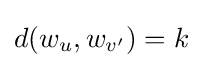
d(w_{u},w_{v'})=k